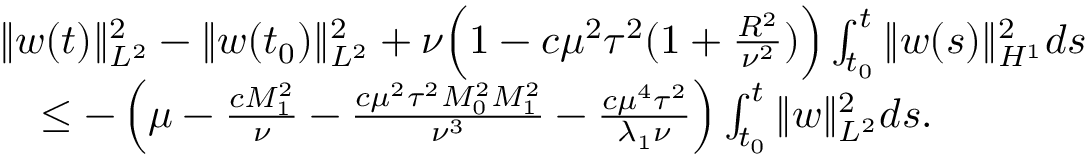
\begin{array} { r l } & { \| w ( t ) \| _ { L ^ { 2 } } ^ { 2 } - \| w ( t _ { 0 } ) \| _ { L ^ { 2 } } ^ { 2 } + \nu \Big ( 1 - c \mu ^ { 2 } \tau ^ { 2 } ( 1 + \frac { R ^ { 2 } } { \nu ^ { 2 } } ) \Big ) \int _ { t _ { 0 } } ^ { t } \| w ( s ) \| _ { H ^ { 1 } } ^ { 2 } d s } \\ & { \quad \leq - \left( \mu - \frac { c M _ { 1 } ^ { 2 } } { \nu } - \frac { c \mu ^ { 2 } \tau ^ { 2 } M _ { 0 } ^ { 2 } M _ { 1 } ^ { 2 } } { \nu ^ { 3 } } - \frac { c \mu ^ { 4 } \tau ^ { 2 } } { \lambda _ { 1 } \nu } \right) \int _ { t _ { 0 } } ^ { t } \| w \| _ { L ^ { 2 } } ^ { 2 } d s . } \end{array}